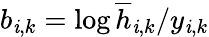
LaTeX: b_{\mathit{i},k}=\log\overline{{{h}}}_{\mathit{i},k}/y_{\mathit{i},k}